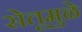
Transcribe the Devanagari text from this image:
सेतूमुळे